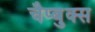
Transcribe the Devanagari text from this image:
चैप्बुक्स